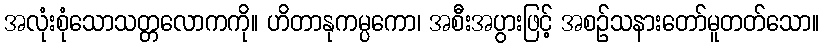
အလုံးစုံသောသတ္တလောကကို။ ဟိတာနုကမ္ပကော၊ အစီးအပွားဖြင့် အစဉ်သနားတော်မူတတ်သော။